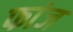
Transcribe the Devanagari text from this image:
फांज